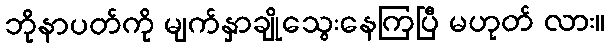
ဘိုနာပတ်ကို မျက်နှာချိုသွေးနေကြပြီ မဟုတ် လား။